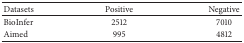
| Datasets | Positive | Negative |
 | --- | --- | --- |
 | BioInfer | 2512 | 7010 |
 | Aimed | 995 | 4812 |